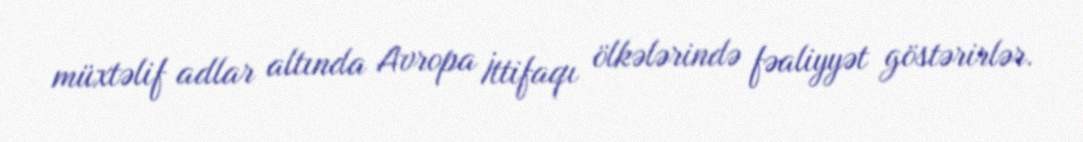
müxtəlif adlar altında Avropa İttifaqı ölkələrində fəaliyyət göstərirlər.